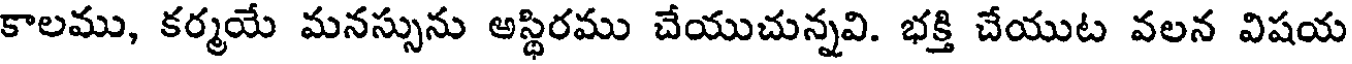
కాలము, కర్మయే మనస్సును అస్థిరము చేయుచున్నవి. భక్తి చేయుట వలన విషయ